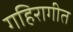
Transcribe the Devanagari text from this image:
गहिरागीत